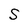
Character: S